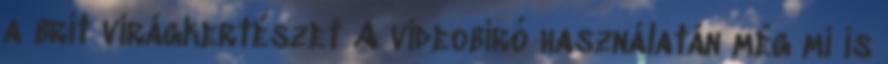
a brit virágkertészet A videobíró használatán még mi is